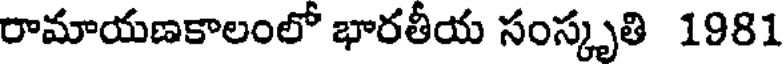
రామాయణకాలంలో భారతీయ సంస్కృతి 1981